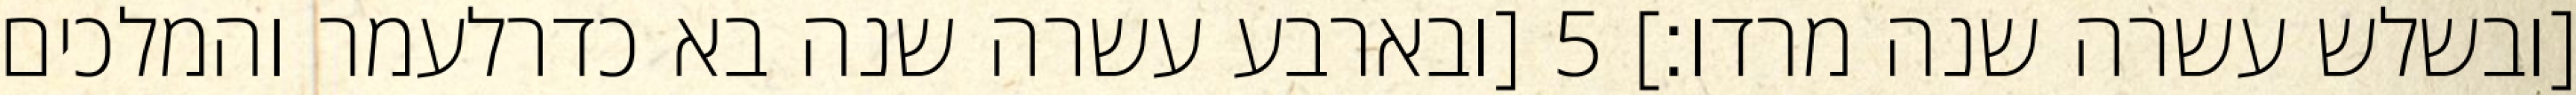
[ובשלש עשרה שנה מרדו׃] ‎5‏ [ובארבע עשרה שנה בא כדרלעמר והמלכים